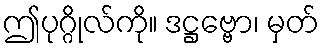
ဤပုဂ္ဂိုလ်ကို။ ဒဋ္ဌဗ္ဗော၊ မှတ်